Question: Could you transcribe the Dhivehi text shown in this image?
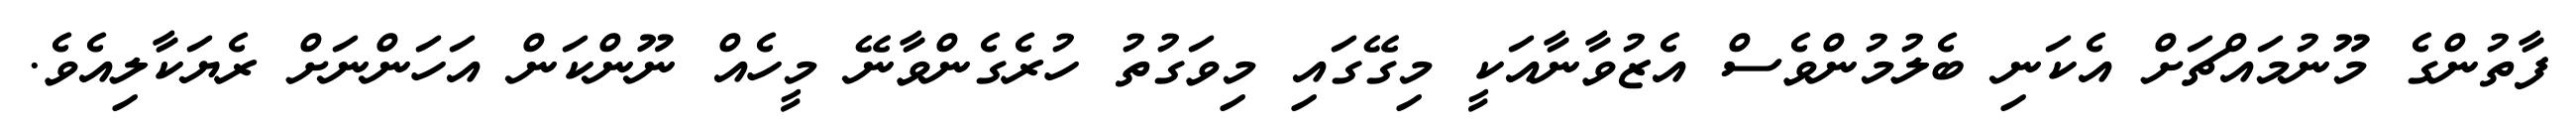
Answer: ފާތުންގެ މޫނުމައްޗަށް އެކަނި ބެލުމުންވެސް އެޒުވާނާއަކީ މިގޭގައި މިވަގުތު ހުރެގެންވާނޭ މީހެއް ނޫންކަން އަހަންނަށް ރެޔަކާލިއެވެ.